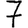
Digit: 7